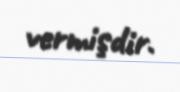
vermişdir.